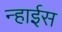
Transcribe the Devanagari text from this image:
न्हाईस